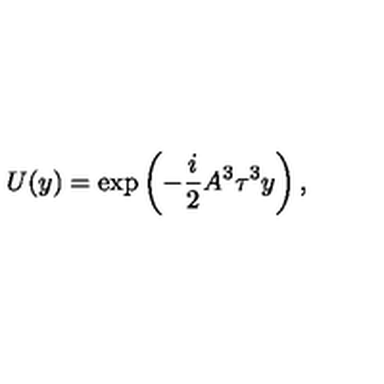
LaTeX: U ( y ) = \exp \left( - \frac { i } { 2 } A ^ { 3 } \tau ^ { 3 } y \right) ,